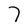
Character: 7